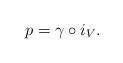
LaTeX: \begin{align*} p= \gamma \circ i_V.\end{align*}